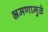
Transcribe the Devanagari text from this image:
भ्रमणामुळे